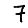
Digit: 7